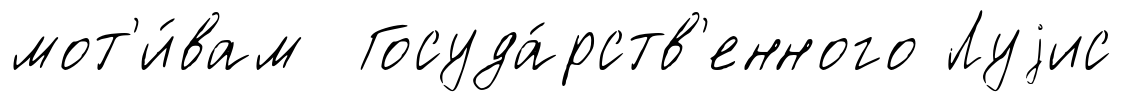
мот'и́вам Госуда́рств'енного Луjис